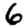
Digit: 6